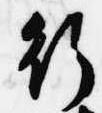
行